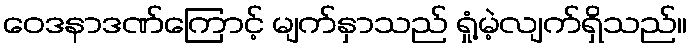
ဝေဒနာဒဏ်ကြောင့် မျက်နှာသည် ရှုံ့မဲ့လျက်ရှိသည်။